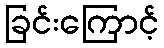
ခြင်းကြောင့်